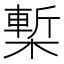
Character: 槧